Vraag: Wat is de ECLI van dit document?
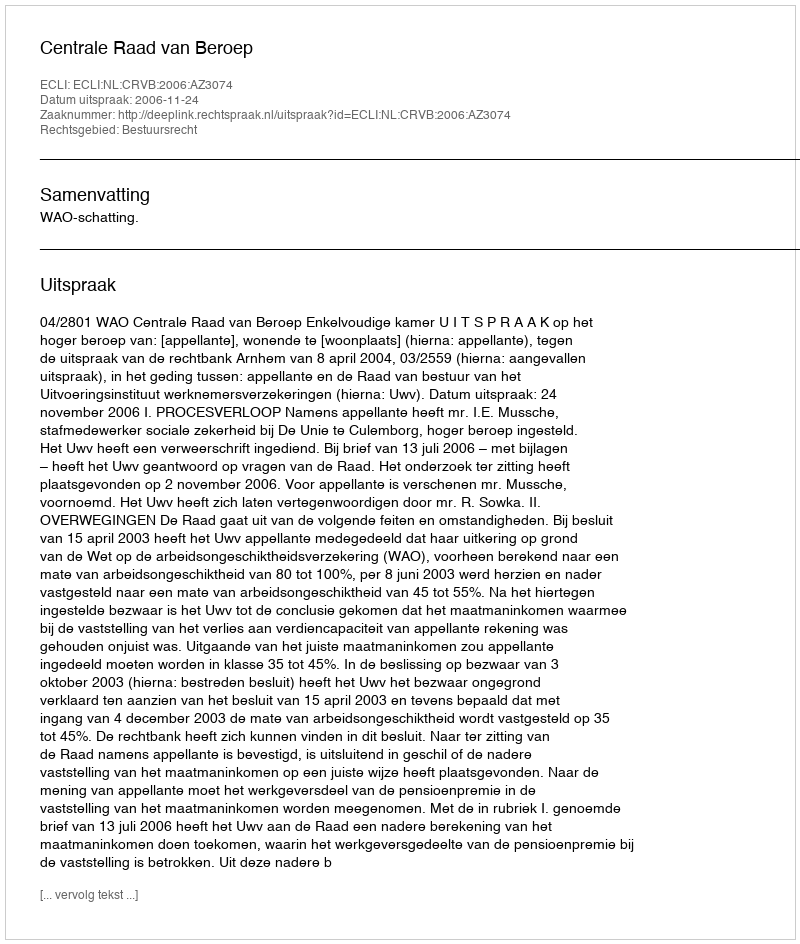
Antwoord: ECLI:NL:CRVB:2006:AZ3074